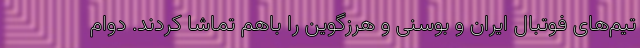
تیم‌های فوتبال ایران و بوسنی و هرزگوین را باهم تماشا کردند. دوام